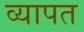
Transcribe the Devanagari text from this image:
व्‍यापत